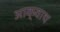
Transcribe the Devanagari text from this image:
आक्वाथ